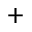
^ { + }